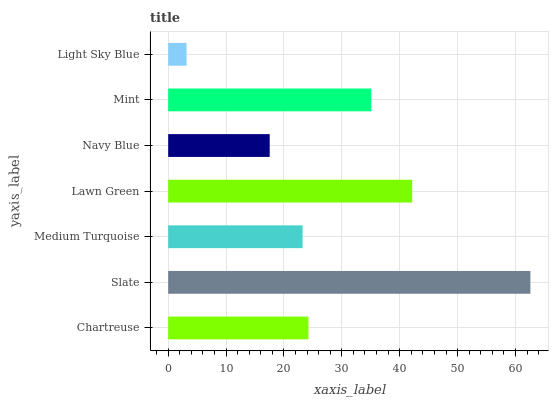
| yaxis_label | bars |
 | --- | --- |
 | Chartreuse | 24.2 |
 | Slate | 62.6 |
 | Medium Turquoise | 23.2 |
 | Lawn Green | 42.2 |
 | Navy Blue | 17.5 |
 | Mint | 35.1 |
 | Light Sky Blue | 3.18 |